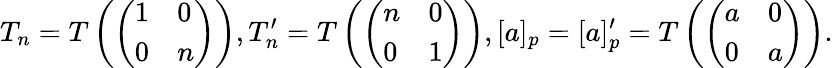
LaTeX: T_{n}=T\left(\left(\begin{array}{ll}{1}&{0}\\ {0}&{n}\end{array}\right)\right),T_{n}^{\prime}=T\left(\left(\begin{array}{ll}{n}&{0}\\ {0}&{1}\end{array}\right)\right),[a]_{p}=[a]_{p}^{\prime}=T\left(\left(\begin{array}{ll}{a}&{0}\\ {0}&{a}\end{array}\right)\right).